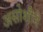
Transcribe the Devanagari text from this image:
असोशीने